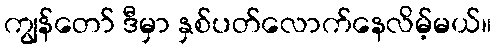
ကျွန်တော် ဒီမှာ နှစ်ပတ်လောက်နေလိမ့်မယ်။